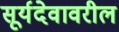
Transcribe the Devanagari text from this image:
सूर्यदेवावरील